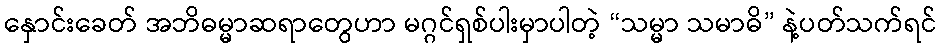
နှောင်းခေတ် အဘိဓမ္မာဆရာတွေဟာ မဂ္ဂင်ရှစ်ပါးမှာပါတဲ့ “သမ္မာ သမာဓိ” နဲ့ပတ်သက်ရင်